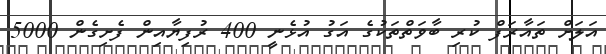
އަލަށް ތައާރަފް ކުރި ބާވަތްތަކުގެ އަގު އުޅެނީ 400 ރުފިޔާއިން ފެށިގެން 5000